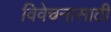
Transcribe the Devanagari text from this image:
विवेचनासाठी